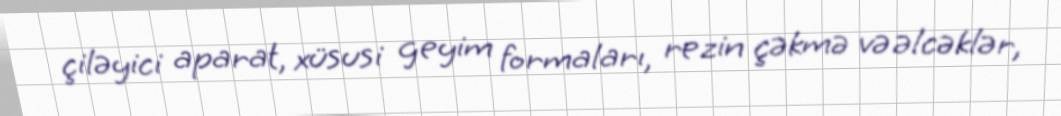
çiləyici aparat, xüsusi geyim formaları, rezin çəkmə və əlcəklər,